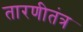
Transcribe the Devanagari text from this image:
तारणीतंत्र